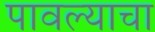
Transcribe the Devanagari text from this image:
पावल्याचा